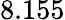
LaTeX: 8.155